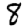
Digit: 8